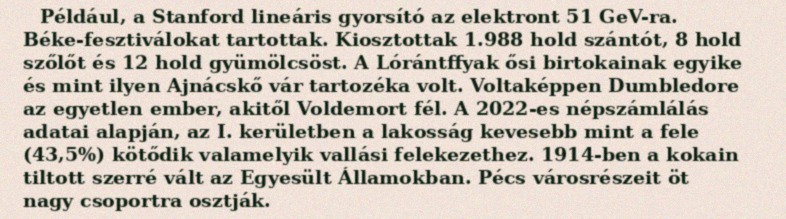
Például, a Stanford lineáris gyorsító az elektront 51 GeV-ra. Béke-fesztiválokat tartottak. Kiosztottak 1.988 hold szántót, 8 hold szőlőt és 12 hold gyümölcsöst. A Lórántffyak ősi birtokainak egyike és mint ilyen Ajnácskő vár tartozéka volt. Voltaképpen Dumbledore az egyetlen ember, akitől Voldemort fél. A 2022-es népszámlálás adatai alapján, az I. kerületben a lakosság kevesebb mint a fele (43,5%) kötődik valamelyik vallási felekezethez. 1914-ben a kokain tiltott szerré vált az Egyesült Államokban. Pécs városrészeit öt nagy csoportra osztják.